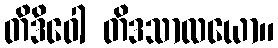
တိဒိဝေါ တိဒသာလယော။